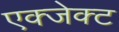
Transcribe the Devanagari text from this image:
एक्जेक्ट